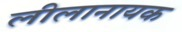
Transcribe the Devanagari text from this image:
लीलानायक